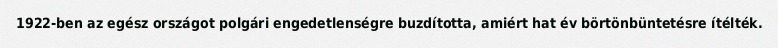
1922-ben az egész országot polgári engedetlenségre buzdította, amiért hat év börtönbüntetésre ítélték.